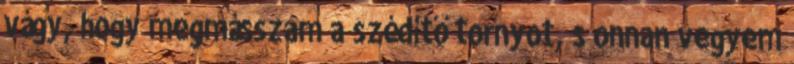
vágy, hogy megmásszam a szédítő tornyot, s onnan vegyem